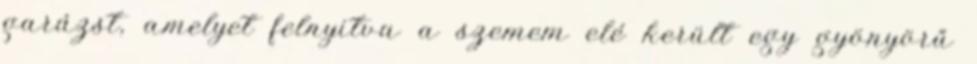
garázst, amelyet felnyitva a szemem elé került egy gyönyörű